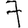
Digit: 7